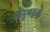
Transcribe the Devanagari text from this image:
हिंदूबहुल